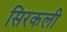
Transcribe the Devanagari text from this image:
सिरकली